342_HS1-416511228_319.1 Flying Discs 1949
Agency: Department of War
Incident date: 1/9/50
Page 67
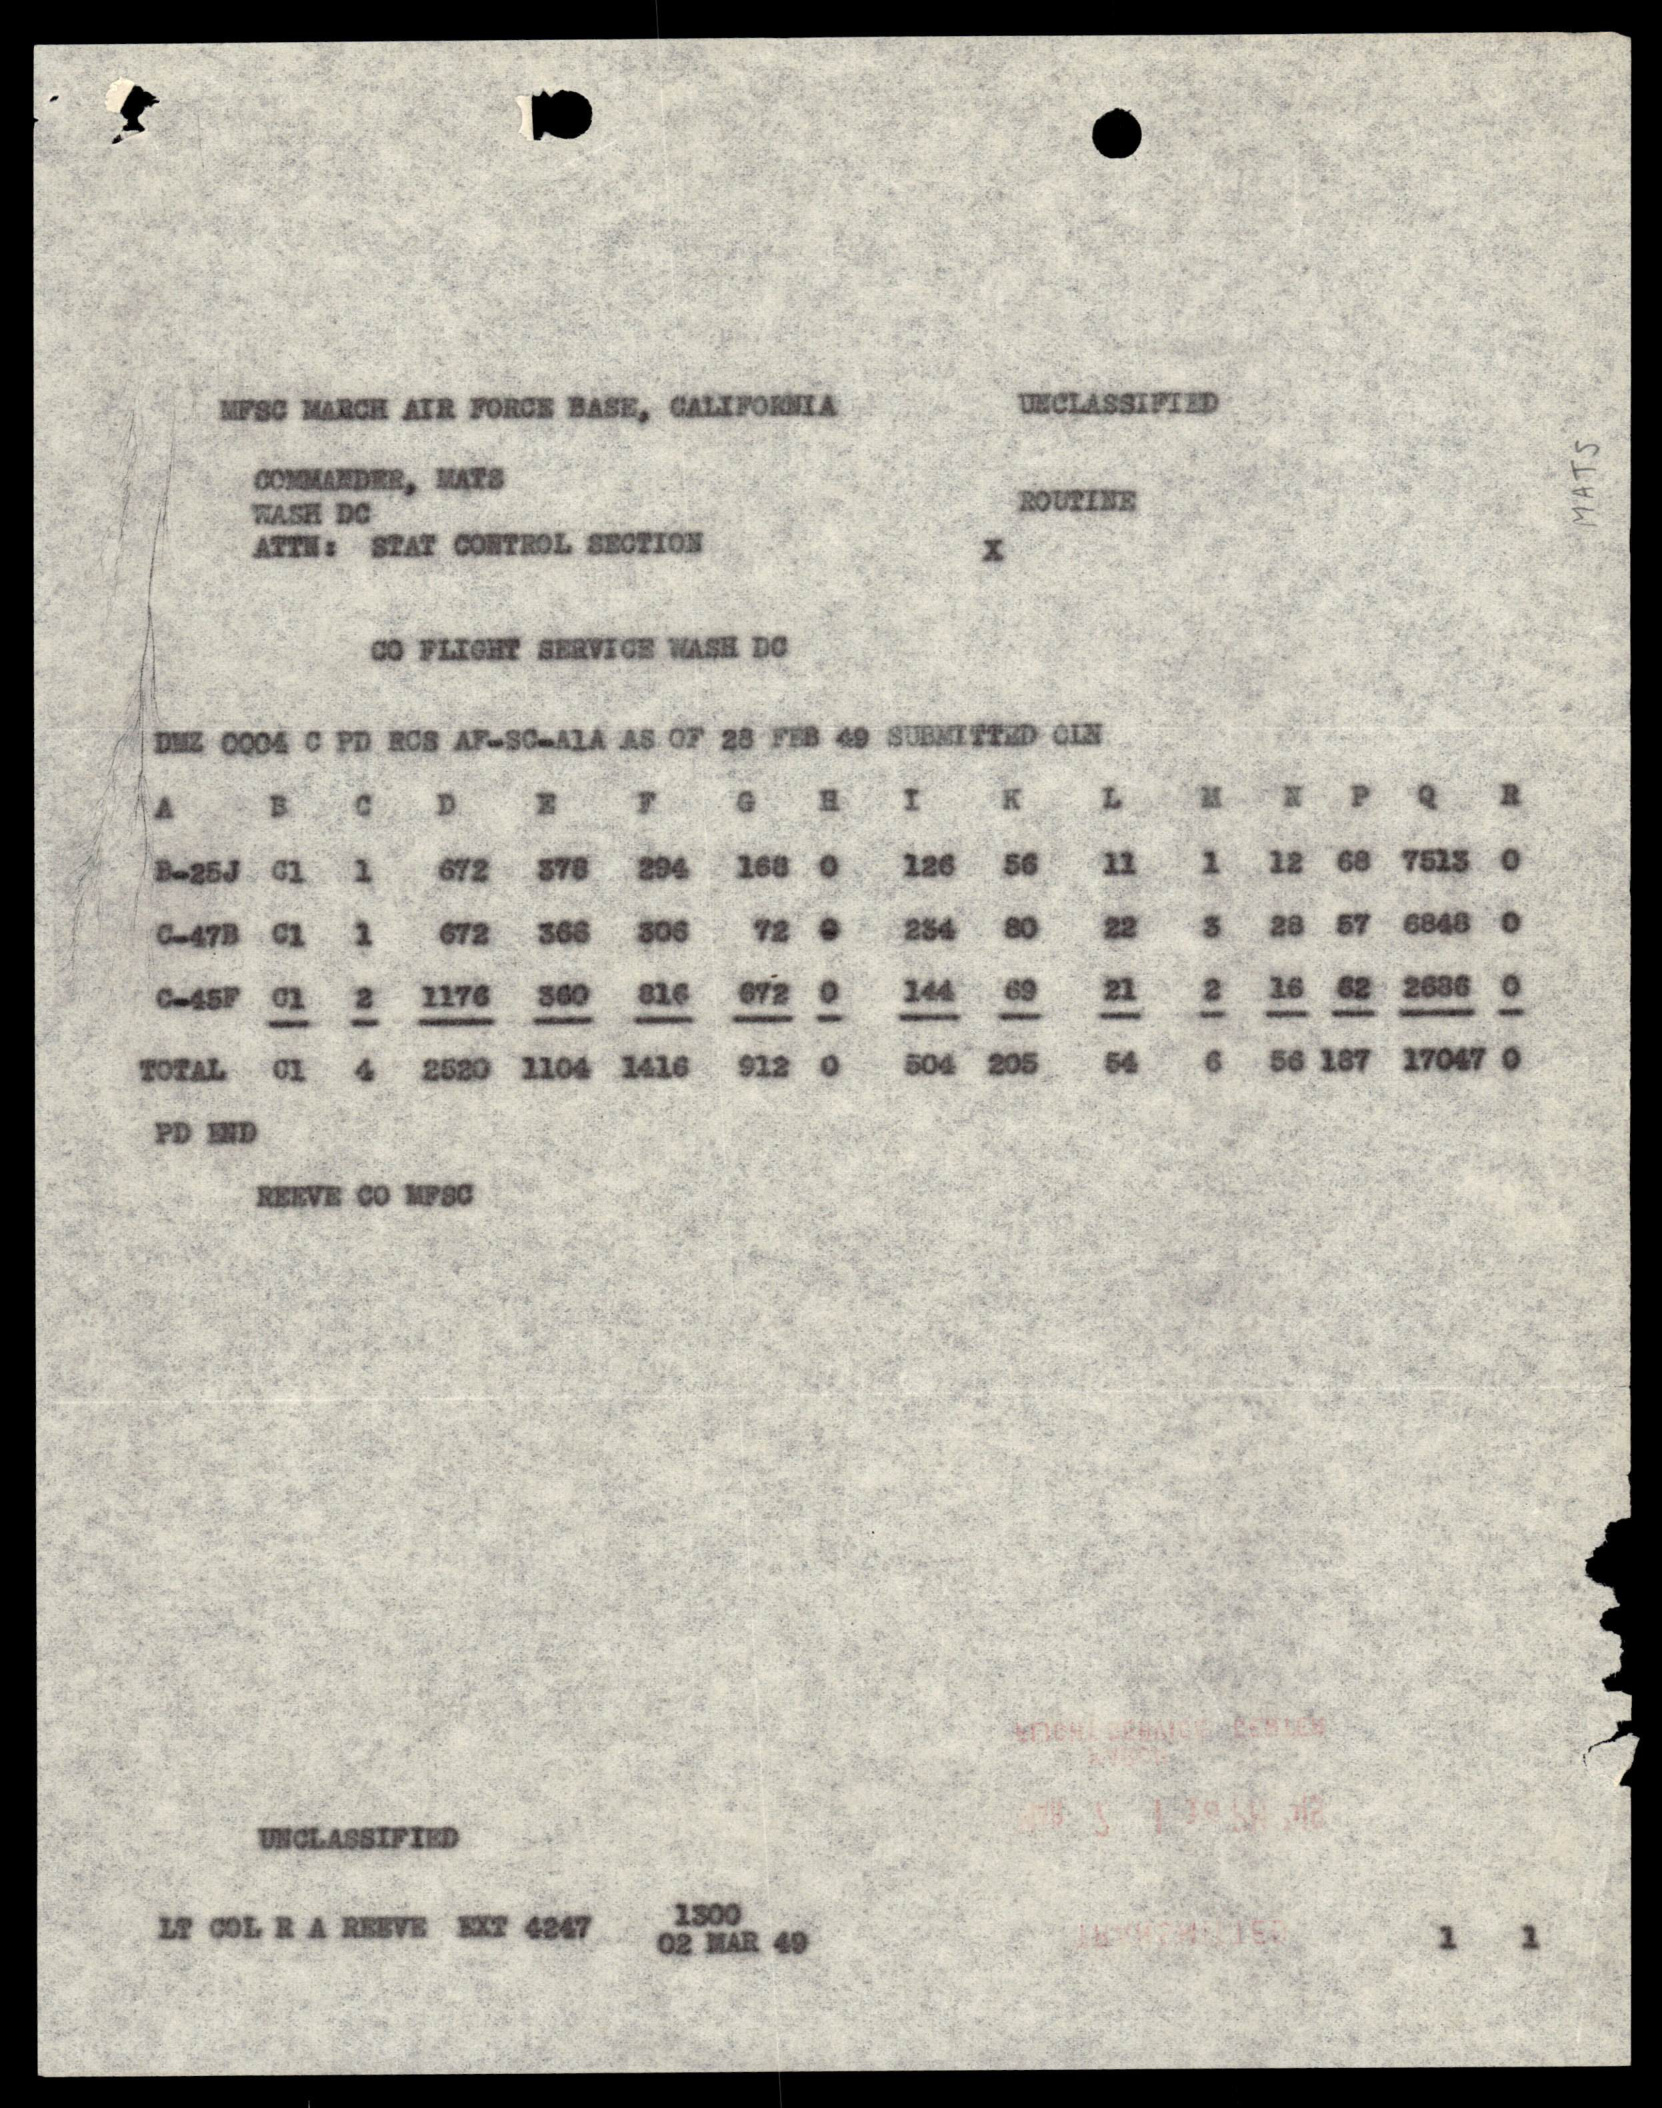